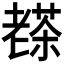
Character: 𦓅